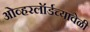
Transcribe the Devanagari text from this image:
ओव्हरलॉर्डच्यावेळी